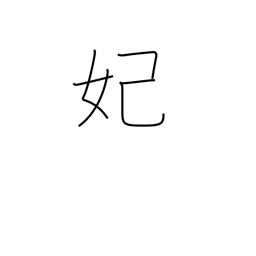
Meaning: princess